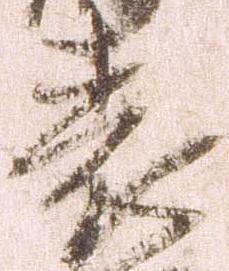
表